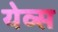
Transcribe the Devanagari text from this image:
येव्स